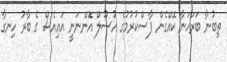
ތިބުނާ ބަރަހަނާ ކޮއްގެން ފާސްކުރުމުގެ އުސޫލް އޮންނަނީ އައިއެސް ގެ ބާރު ހިނގާ